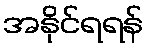
အနိုင်ရရန်